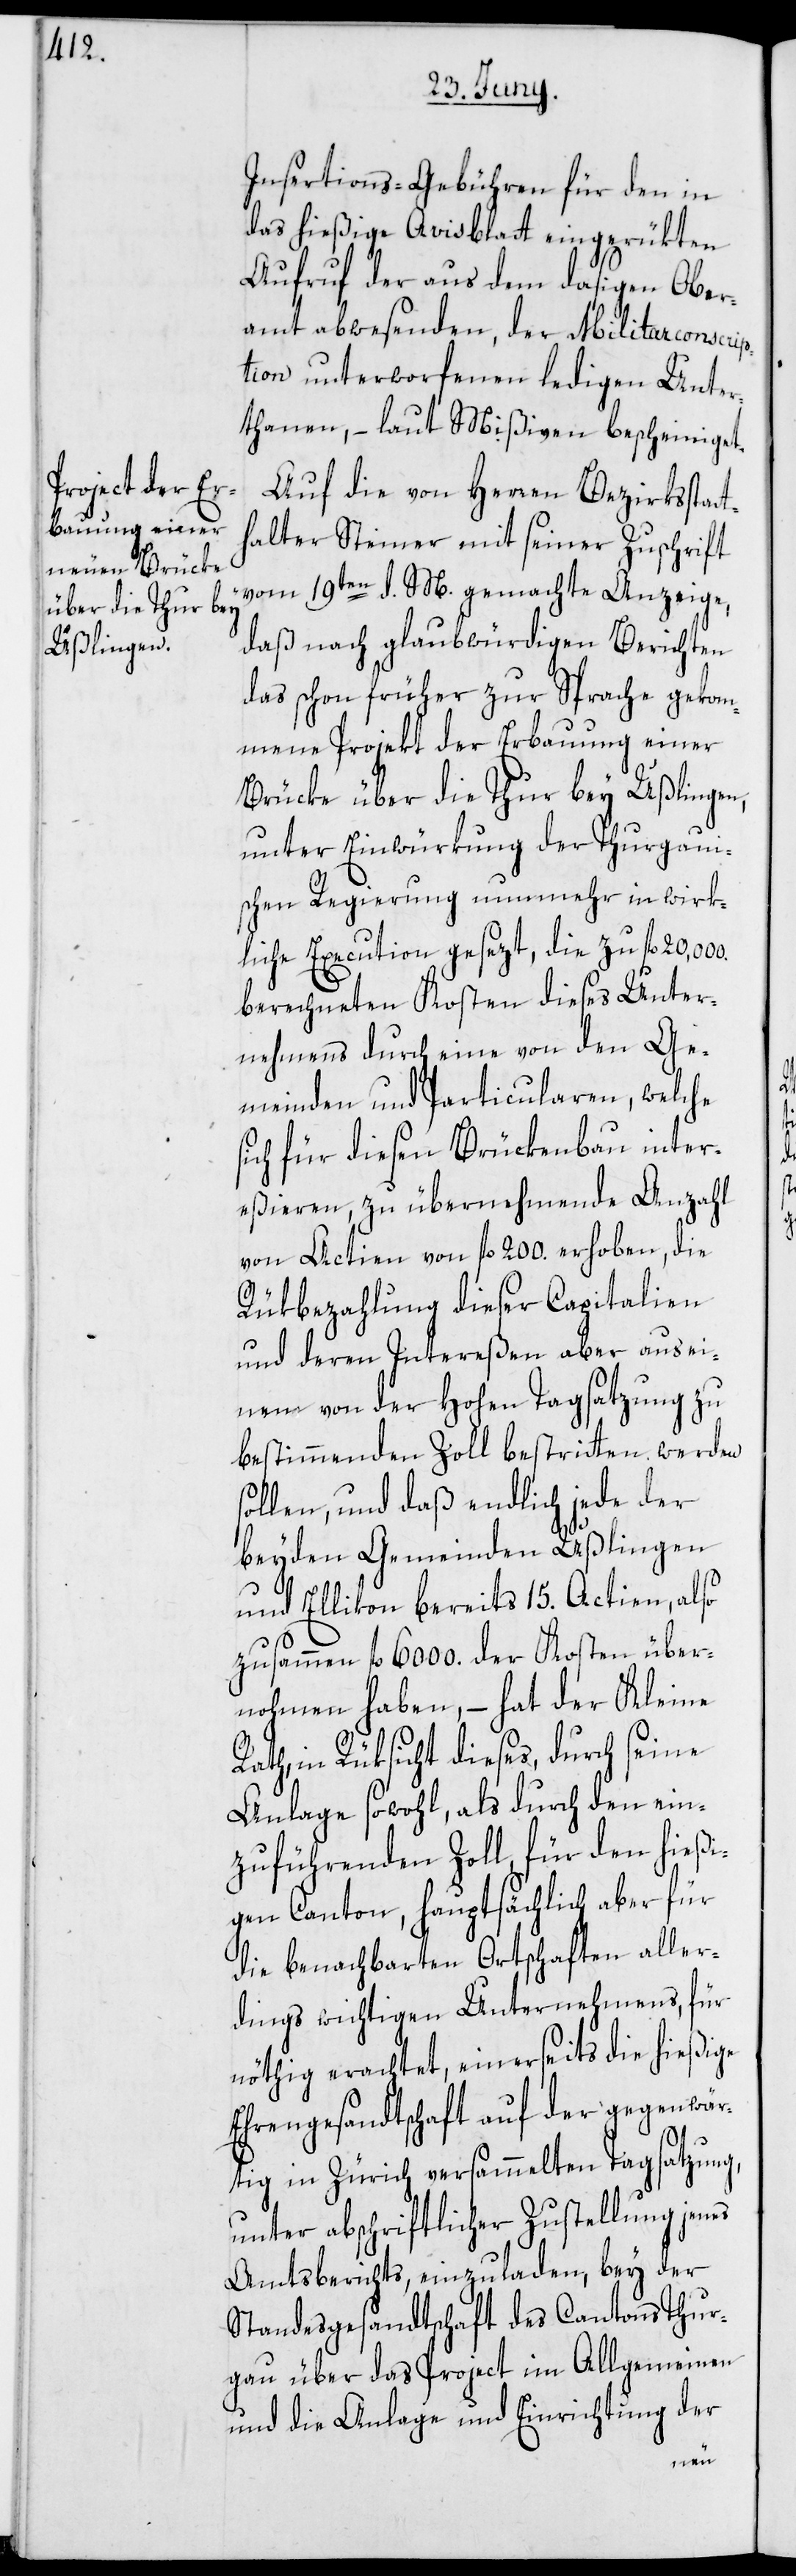
Insertions-Gebühren für den in
das hießige Avisblatt eingerükten
Aufruf der aus dem dasigen Ober¬
amt abwesenden, der Militarconscrip¬
tion unterworfenen ledigen Unter¬
thanen, – laut Mißiven bescheiniget.
Auf die von Herren Bezirksstat¬
halter Steiner mit seiner Zuschrift
vom 19ten d. M. gemachte Anzeige,
daß nach glaubwürdigen Berichten
das schon früher zur Sprache gekom¬
mene Projekt der Erbauung einer
Brücke über die Thur bey Ußlingen,
unter Einwürkung der Thurgaui¬
schen Regierung nunmehr in wirk¬
liche Execution gesezt, die zu fl 20,000.
berechneten Kosten dieses Unter¬
nehmens durch eine von den Ge¬
meinden und Particularen, welche
sich für diesen Brückenbau inter¬
eßieren, zu übernehmende Anzahl
von Actien von fl 200. erhoben, die
Rükbezahlung dieser Capitalien
t¬
und deren Intereßen aber aus ei¬
nem von der Hohen Tagsatzung zu
bestimmenden Zoll bestritten werden
sollen, und daß endlich jede der
beyden Gemeinden Ußlingen
und Ellikon bereits 15. Actien, also
zusammen fl 6000. der Kosten über¬
nohmen haben, – hat der Kleine
Rath, in Rüksicht dieses, durch seine
Anlage sowohl, als durch den ein¬
zuführenden Zoll, für den hießi¬
gen Canton, hauptsächlich aber für
die benachbarten Ortschaften aller¬
dings wichtigen Unternehmens, für
nöthig erachtet, einerseits die hießige
Ehrengesandtschaft auf der gegenwär¬
tig in Zürich versammelten Tagsatzung,
unter abschriftlicher Zustellung jenes
Amtsberichts, einzuladen, bey der
Standesgesandtschaft des Cantons Thur¬
gau über das Project im Allgemeinen
und die Anlage und Einrichtung der